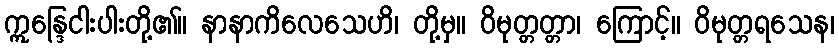
ဣန္ဒြေငါးပါးတို့၏။ နာနာကိလေသေဟိ၊ တို့မှ။ ဝိမုတ္တတ္တာ၊ ကြောင့်။ ဝိမုတ္တရသေန၊